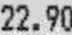
22.90